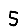
Digit: 5